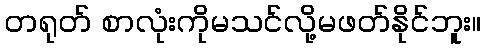
တရုတ် စာလုံးကိုမသင်လို့မဖတ်နိုင်ဘူး။